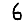
Digit: 6